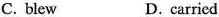
C. blew D. carried